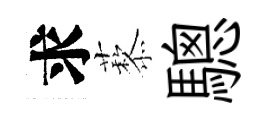
求藜驄